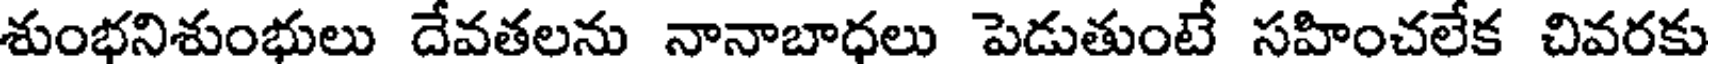
శుంభనిశుంభులు దేవతలను నానాబాధలు పెడుతుంటే సహించలేక చివరకు